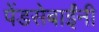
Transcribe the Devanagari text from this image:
पेंडसेबाईंनी